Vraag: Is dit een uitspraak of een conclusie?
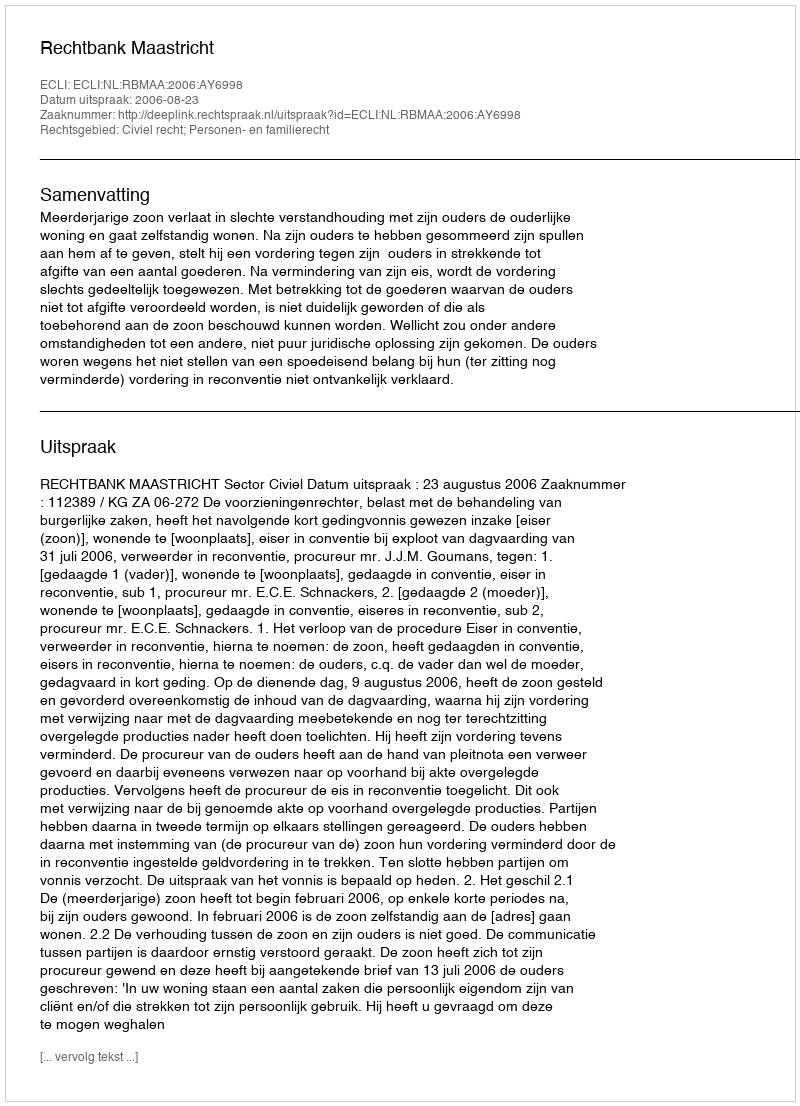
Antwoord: Uitspraak